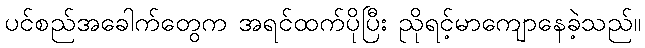
ပင်စည်အခေါက်တွေက အရင်ထက်ပိုပြီး ညိုရင့်မာကျောနေခဲ့သည်။